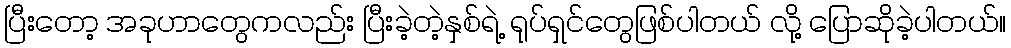
ပြီးတော့ အခုဟာတွေကလည်း ပြီးခဲ့တဲ့နှစ်ရဲ့ ရုပ်ရှင်တွေဖြစ်ပါတယ် လို့ ပြောဆိုခဲ့ပါတယ်။